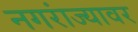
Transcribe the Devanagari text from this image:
नगरांज्यावर